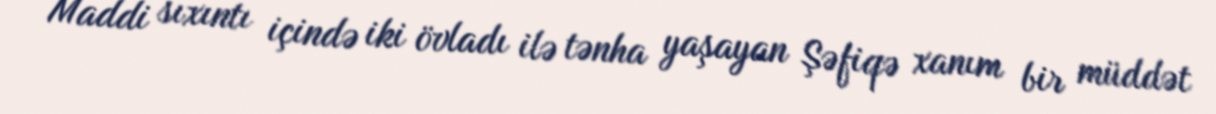
Maddi sıxıntı içində iki övladı ilə tənha yaşayan Şəfiqə xanım bir müddət